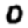
Digit: 0